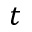
t